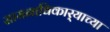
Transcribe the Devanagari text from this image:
सामनाधिकार्‍याच्या